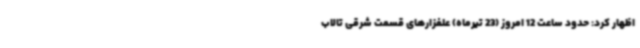
اظهار کرد: حدود ساعت 12 امروز (23 تیرماه) علفزارهای قسمت شرقی تالاب